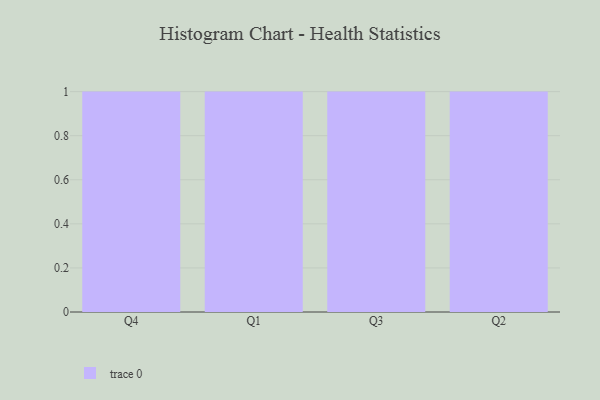
{"axis": {"x": "Quarter", "y": "Bounce Rate (%)"}, "legend": [""], "data": [{"x": "Q4", "y": 60, "type": ""}, {"x": "Q1", "y": 46, "type": ""}, {"x": "Q3", "y": 78, "type": ""}, {"x": "Q2", "y": 76, "type": ""}]}